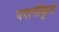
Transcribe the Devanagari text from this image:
परागीकृत